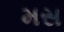
મસ